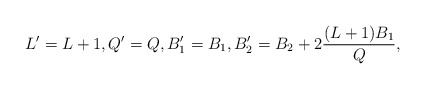
\begin{align*} L' = L+1, Q' = Q, B'_1 = B_1, B'_2 = B_2 + 2 \frac{(L+1)B_1}{Q},\end{align*}